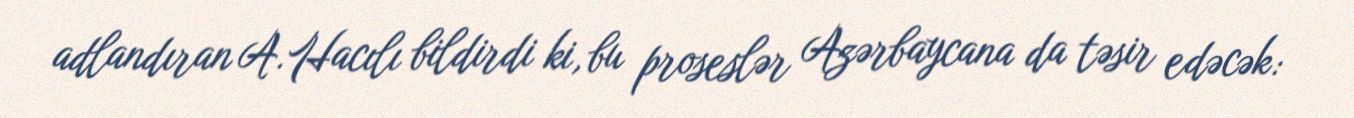
adlandıran A.Hacılı bildirdi ki, bu proseslər Azərbaycana da təsir edəcək: